Indian journal of veterinary science and animal husbandry - Volumes 18-21, 1948-1951
Year: 1948
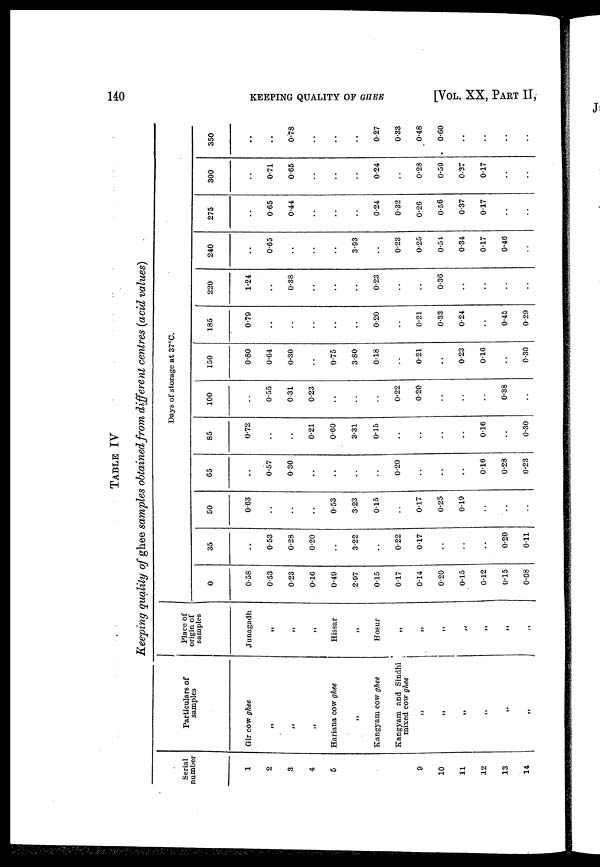
140
KEEPING QUALITY OF GHEE
[VOL. XX, PART II,
TABLE IV
Keeping quality of ghee samples obtained from different centres (acid values)
Serial
number
1
2
3
4
5
9
10
11
12
13
14
Particulars of
samples
Gir cow ghee
„
„
„
Hariana cow ghee
„
Kangyam cow ghee
Kangyam and Sindhi
mixed cow ghee
„
„
„
„
„
Place of
origin of
samples
Junagadh
„
„
„
Hissar
„
Hosur
„
„
„
„
„
„
0
0.58
0.53
0.23
0.16
0.49
2.97
0.15
0.17
0.14
0.20
0.15
0.12
0.15
0.08
35
..
0.53
0.28
0.20
..
3.22
..
0.22
0.17
..
..
..
0.20
0.11
50
0.63
..
..
..
0.53
3.23
015
..
0.17
0.25
0.19
..
..
..
65
..
0.57
0.30
..
..
..
..
0.20
..
..
..
0.16
0.28
0.23
Days of storage at 37°C.
85
0.72
..
..
0.21
0.60
3.31
0.15
..
..
..
..
0.16
0.30
100
..
0.55
0.31
0.23
..
..
..
0.22
0.20
..
..
..
0.38
..
150
0.80
0.64
0.30
0.75
3.80
0.18
..
0.21
..
0.23
0.16
..
0.30
185
0.79
..
..
..
..
..
0.20
..
0.21
0.33
0.24
..
0.45
0.29
220
1.24
..
0.38
..
..
..
0.23
..
..
0.36
..
..
..
..
240
..
0.65
..
..
..
3.93
..
0.23
0.25
0.54
0.34
0.17
0.46
..
275
..
0.65
0.44
..
..
..
0.24
0.32
0.26
0.56
0.37
0.17
..
..
300
..
0.71
0.65
..
..
..
0.24
..
0.28
0.59
0.37
0.17
..
..
350
..
0.78
..
..
..
0.27
0.33
0.48
0.60
..
..
..
..